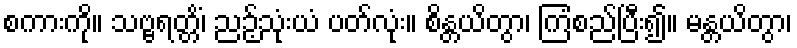
စကားကို။ သဗ္ဗရတ္တိံ၊ ညဉ့်သုံးယံ ပတ်လုံး။ စိန္တယိတွာ၊ ကြံစည်ပြီး၍။ မန္တယိတွာ၊